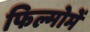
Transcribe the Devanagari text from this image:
फिल्मोमें